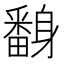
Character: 𨊃